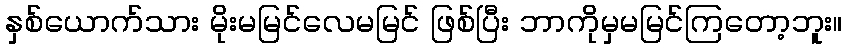
နှစ်ယောက်သား မိုးမမြင်လေမမြင် ဖြစ်ပြီး ဘာကိုမှမမြင်ကြတော့ဘူး။